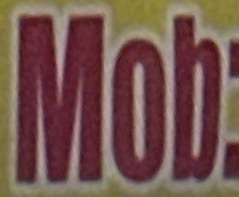
Mob: